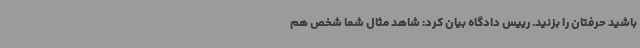
باشید حرفتان را بزنید. رییس دادگاه بیان کرد: شاهد مثال شما شخص هم